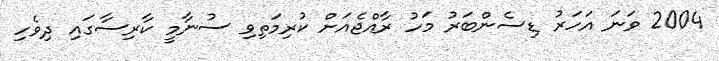
2004 ވަނަ އަހަރު ޑިސެންބަރު މަހު ރާއްޖެއަށް ކުރިމަތިވި ސުނާމީ ކާރިސާގައި ދިވެހި